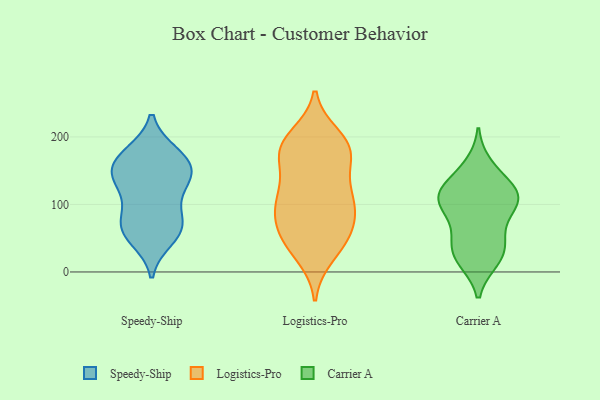
{"axis": {"x": "Website Visitors", "y": "Value"}, "legend": ["Carrier A", "Logistics-Pro", "Speedy-Ship"], "data": [{"x": "", "y": 67, "type": "Speedy-Ship"}, {"x": "", "y": 155, "type": "Speedy-Ship"}, {"x": "", "y": 165, "type": "Speedy-Ship"}, {"x": "", "y": 149, "type": "Speedy-Ship"}, {"x": "", "y": 78, "type": "Speedy-Ship"}, {"x": "", "y": 175, "type": "Speedy-Ship"}, {"x": "", "y": 133, "type": "Speedy-Ship"}, {"x": "", "y": 62, "type": "Speedy-Ship"}, {"x": "", "y": 49, "type": "Speedy-Ship"}, {"x": "", "y": 63, "type": "Speedy-Ship"}, {"x": "", "y": 100, "type": "Speedy-Ship"}, {"x": "", "y": 136, "type": "Speedy-Ship"}, {"x": "", "y": 175, "type": "Speedy-Ship"}, {"x": "", "y": 136, "type": "Speedy-Ship"}, {"x": "", "y": 77, "type": "Logistics-Pro"}, {"x": "", "y": 103, "type": "Logistics-Pro"}, {"x": "", "y": 190, "type": "Logistics-Pro"}, {"x": "", "y": 38, "type": "Logistics-Pro"}, {"x": "", "y": 131, "type": "Logistics-Pro"}, {"x": "", "y": 113, "type": "Logistics-Pro"}, {"x": "", "y": 128, "type": "Logistics-Pro"}, {"x": "", "y": 25, "type": "Logistics-Pro"}, {"x": "", "y": 183, "type": "Logistics-Pro"}, {"x": "", "y": 86, "type": "Logistics-Pro"}, {"x": "", "y": 50, "type": "Logistics-Pro"}, {"x": "", "y": 182, "type": "Logistics-Pro"}, {"x": "", "y": 179, "type": "Logistics-Pro"}, {"x": "", "y": 87, "type": "Logistics-Pro"}, {"x": "", "y": 60, "type": "Logistics-Pro"}, {"x": "", "y": 179, "type": "Logistics-Pro"}, {"x": "", "y": 173, "type": "Logistics-Pro"}, {"x": "", "y": 200, "type": "Logistics-Pro"}, {"x": "", "y": 46, "type": "Logistics-Pro"}, {"x": "", "y": 104, "type": "Logistics-Pro"}, {"x": "", "y": 106, "type": "Carrier A"}, {"x": "", "y": 105, "type": "Carrier A"}, {"x": "", "y": 107, "type": "Carrier A"}, {"x": "", "y": 53, "type": "Carrier A"}, {"x": "", "y": 65, "type": "Carrier A"}, {"x": "", "y": 143, "type": "Carrier A"}, {"x": "", "y": 18, "type": "Carrier A"}, {"x": "", "y": 115, "type": "Carrier A"}, {"x": "", "y": 34, "type": "Carrier A"}, {"x": "", "y": 19, "type": "Carrier A"}, {"x": "", "y": 119, "type": "Carrier A"}, {"x": "", "y": 157, "type": "Carrier A"}, {"x": "", "y": 112, "type": "Carrier A"}, {"x": "", "y": 98, "type": "Carrier A"}, {"x": "", "y": 30, "type": "Carrier A"}]}